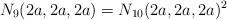
LaTeX: \begin{align*} N_9(2a,2a,2a)=N_{10}(2a,2a,2a)^2\end{align*}